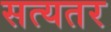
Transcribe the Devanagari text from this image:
सत्यतर